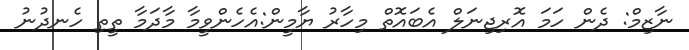
ނާޒިމް: ދެން ހަމަ އޮރިޖިނަލް އެބައޮތް މިހާރު ޔާމީން:އެހެންވީމާ މާދަމާ ތީތި ހެނދުނު